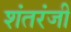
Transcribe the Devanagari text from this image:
शंतरंजी